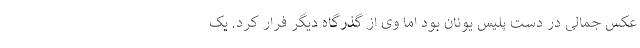
عکس جمالی در دست پلیس یونان بود اما وی از گذرگاه دیگر فرار کرد. یک